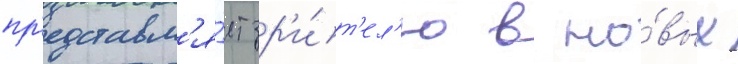
пр'едставл'я́ет зр'и́т'ел'ю в но́вых